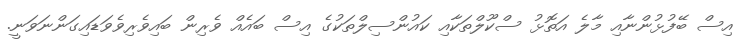
އިސް ބޭފުޅުންނާއި މާލެ އަތޮޅު ސްކޫލްތަކާއި ކައުންސިލްތަކުގެ އިސް ބައެއް ވެރިން ބައިވެރިވެވަޑައިގަންނަވަނީ.